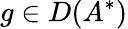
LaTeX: g\in D(A^{*})